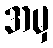
အမှ